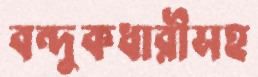
বন্দুকধারীসহ